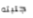
جلبته